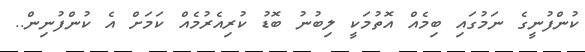
ކުންފުނީގެ ނަމުގައި ބިމެއް އޮތުމަކީ ލިބުނު ބޮޑު ކުރިއެރުމެއް ކަމަށް އެ ކުންފުނިން..